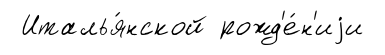
Италья́нской рожд'е́н'иjи